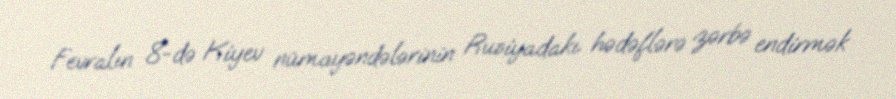
Fevralın 8-də Kiyev nümayəndələrinin Rusiyadakı hədəflərə zərbə endirmək